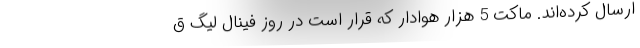
ارسال کرده‌اند. ماکت 5 هزار هوادار که قرار است در روز فینال لیگ ق